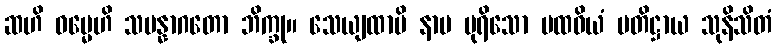
ဆဟိ ဓမ္မေဟိ သမန္နာဂတော ဘိက္ခု။ သေယျထာပိ နာမ ပုရိသော ပထဝိယံ ပတိဋ္ဌာယ သုနိသိတံ